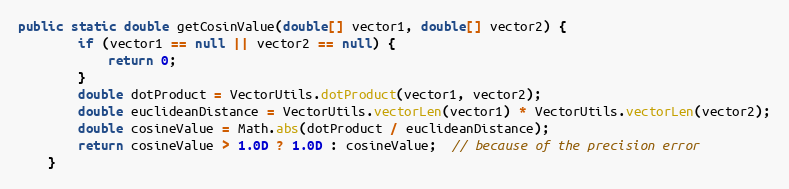
Language: Java
public static double getCosinValue(double[] vector1, double[] vector2) {
        if (vector1 == null || vector2 == null) {
            return 0;
        }
        double dotProduct = VectorUtils.dotProduct(vector1, vector2);
        double euclideanDistance = VectorUtils.vectorLen(vector1) * VectorUtils.vectorLen(vector2);
        double cosineValue = Math.abs(dotProduct / euclideanDistance);
        return cosineValue > 1.0D ? 1.0D : cosineValue;  // because of the precision error
    }